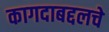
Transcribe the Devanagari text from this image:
कागदाबद्दलचे